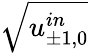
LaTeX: \sqrt{u_{\pm 1,0}^{in}}